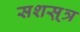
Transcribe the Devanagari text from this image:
सशस़्त्र